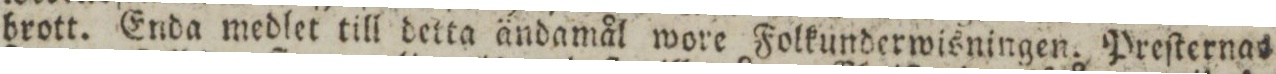
brott. Enda medlet till detta ändamål wore Folkunderwisningen. Preſternas